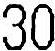
30